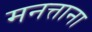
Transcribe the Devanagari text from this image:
मनत्ताना